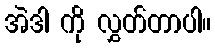
အဲဒါ ကို လွှတ်တာပါ။